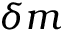
\delta m